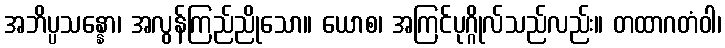
အဘိပ္ပသန္နော၊ အလွန်ကြည်ညိုသော။ ယောစ၊ အကြင်ပုဂ္ဂိုလ်သည်လည်း။ တထာဂတံဝါ၊